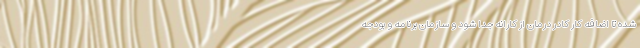
شده تا اضافه کار کادر درمان از کارانه جدا شود و سازمان برنامه و بودجه